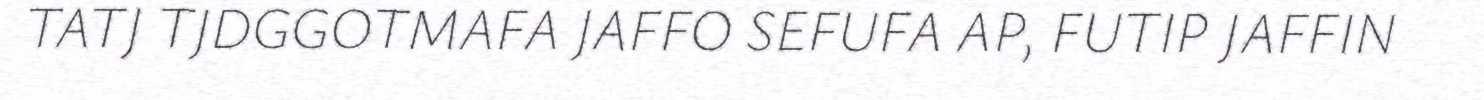
TATJ TJDGGOTMAFA JAFFO SEFUFA AP, FUTIP JAFFIN